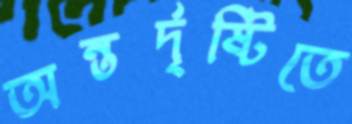
অন্তর্দৃষ্টিতে